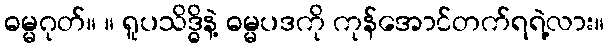
ဓမ္မဂုတ်။ ။ ရူပသိဒ္ဓိနဲ့ ဓမ္မပဒကို ကုန်အောင်တက်ရရဲ့လား။